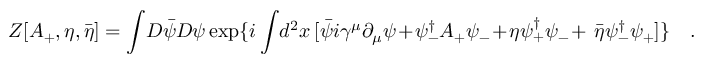
Z [ A _ { + } , \eta , { \bar { \eta } } ] = \int \! D \bar { \psi } D \psi \exp \{ i \int \! d ^ { 2 } x \, [ \bar { \psi } i \gamma ^ { \mu } \partial _ { \mu } \psi + \psi _ { - } ^ { \dagger } A _ { + } \psi _ { - } + \eta \psi _ { + } ^ { \dagger } \psi _ { - } + { \ \bar { \eta } } \psi _ { - } ^ { \dagger } \psi _ { + } ] \} \quad .